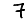
Digit: 7